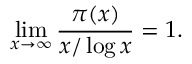
\operatorname* { l i m } _ { x \to \infty } { \frac { \pi ( x ) } { x / \log x } } = 1 .